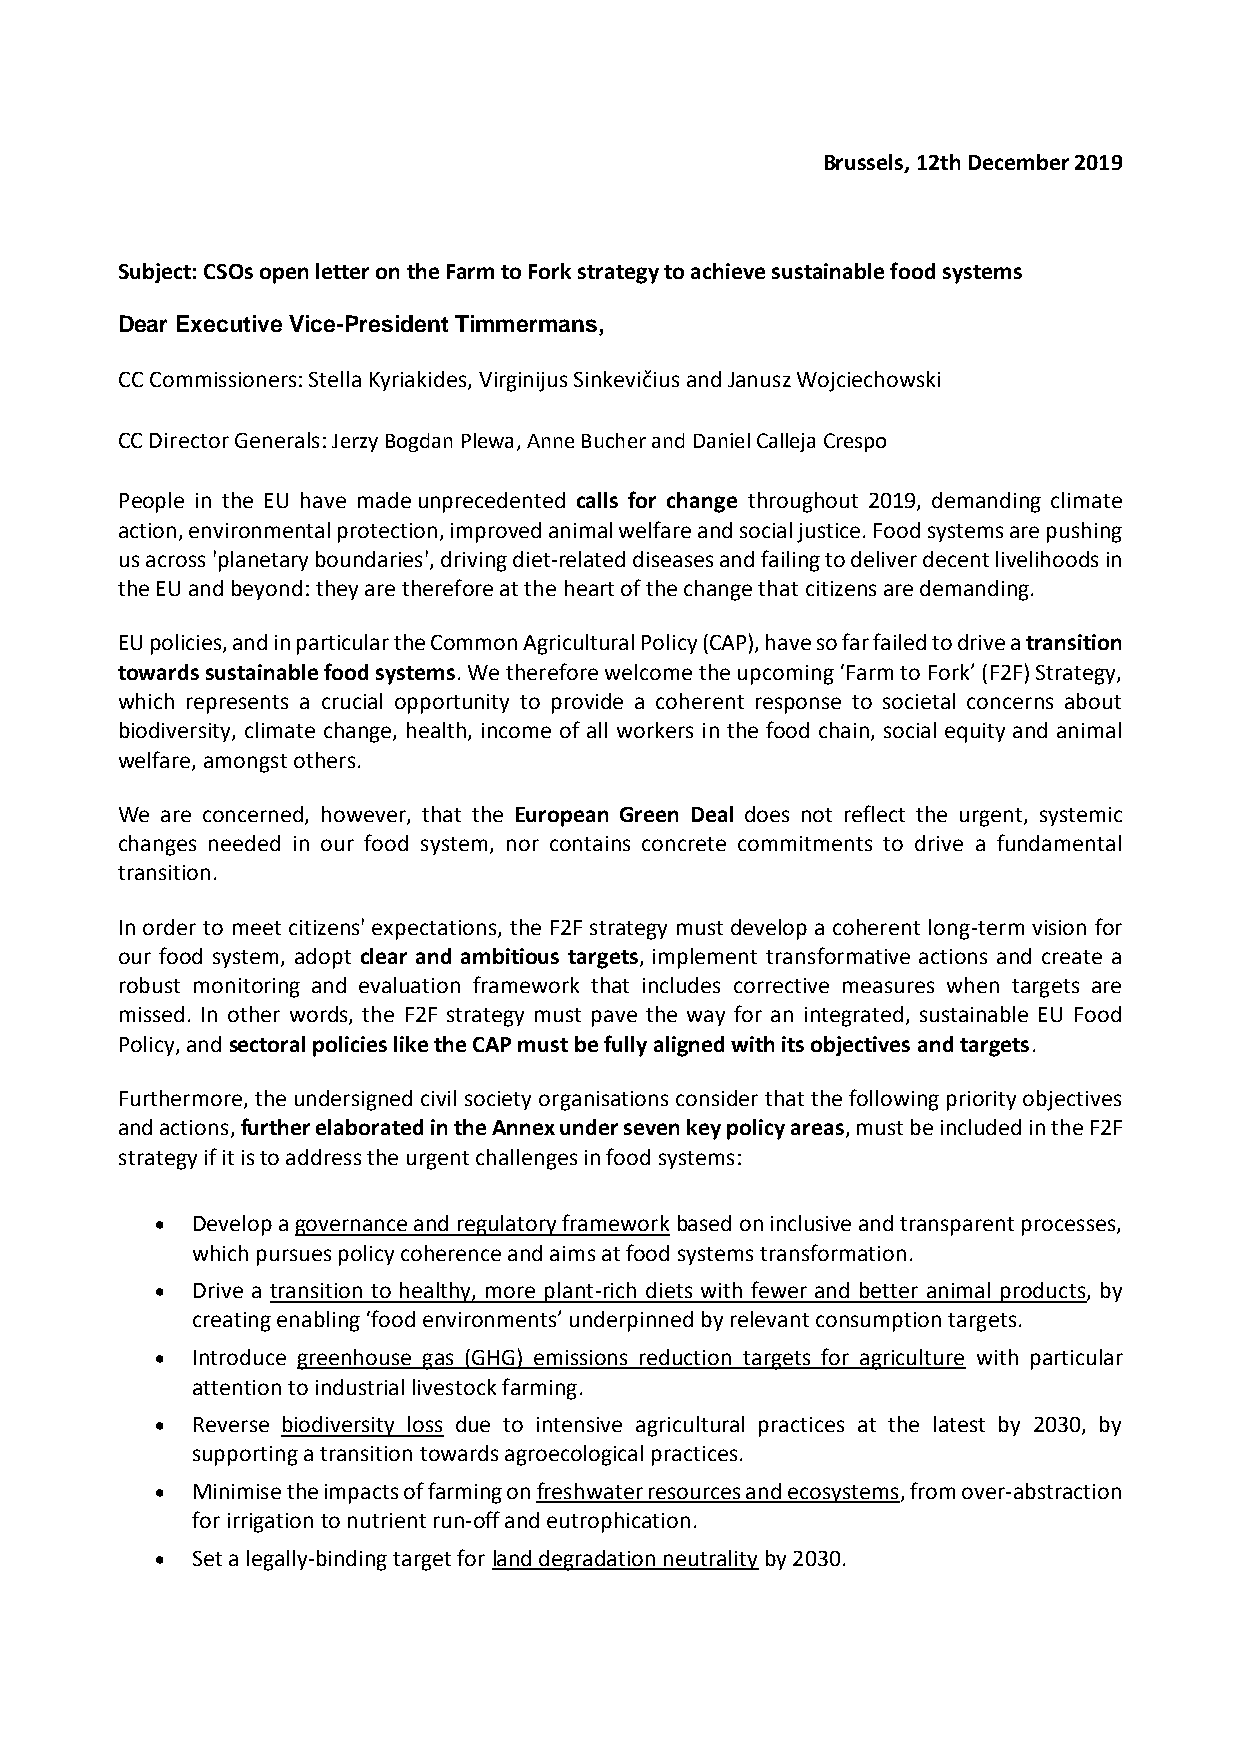
Brussels, 12th December 2019
 Subject: CSOs open letter on the Farm to Fork strategy to achieve sustainable food systems
 Dear Executive Vice-President Timmermans,
 CC Commissioners: Stella Kyriakides, Virginijus Sinkevičius and Janusz Wojciechowski
 CC Director Generals: Jerzy Bogdan Plewa, Anne Bucher and Daniel Calleja Crespo
 People in the EU have made unprecedented calls for change throughout 2019, demanding climate
 action, environmental protection, improved animal welfare and social justice. Food systems are pushing
 us across 'planetary boundaries', driving diet-related diseases and failing to deliver decent livelihoods in
 the EU and beyond: they are therefore at the heart of the change that citizens are demanding.
 EU policies, and in particular the Common Agricultural Policy (CAP), have so far failed to drive a transition
 towards sustainable food systems. We therefore welcome the upcoming ‘Farm to Fork’ (F2F) Strategy,
 which represents a crucial opportunity to provide a coherent response to societal concerns about
 biodiversity, climate change, health, income of all workers in the food chain, social equity and animal
 welfare, amongst others.
 We are concerned, however, that the European Green Deal does not reflect the urgent, systemic
 changes needed in our food system, nor contains concrete commitments to drive a fundamental
 transition.
 In order to meet citizens' expectations, the F2F strategy must develop a coherent long-term vision for
 our food system, adopt clear and ambitious targets, implement transformative actions and create a
 robust monitoring and evaluation framework that includes corrective measures when targets are
 missed. In other words, the F2F strategy must pave the way for an integrated, sustainable EU Food
 Policy, and sectoral policies like the CAP must be fully aligned with its objectives and targets.
 Furthermore, the undersigned civil society organisations consider that the following priority objectives
 and actions, further elaborated in the Annex under seven key policy areas, must be included in the F2F
 strategy if it is to address the urgent challenges in food systems:
 •  Develop a governance and regulatory framework based on inclusive and transparent processes,
 which pursues policy coherence and aims at food systems transformation.
 •  Drive a transition to healthy, more plant-rich diets with fewer and better animal products, by
 creating enabling ‘food environments’ underpinned by relevant consumption targets.
 •  Introduce greenhouse gas (GHG) emissions reduction targets for agriculture with particular
 attention to industrial livestock farming.
 •  Reverse biodiversity loss due to intensive agricultural practices at the latest by 2030, by
 supporting a transition towards agroecological practices.
 •  Minimise the impacts of farming on freshwater resources and ecosystems, from over-abstraction
 for irrigation to nutrient run-off and eutrophication.
 •  Set a legally-binding target for land degradation neutrality by 2030.